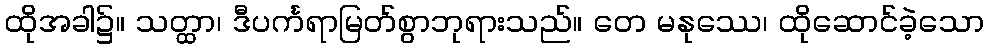
ထိုအခါ၌။ သတ္ထာ၊ ဒီပင်္ကရာမြတ်စွာဘုရားသည်။ တေ မနုဿေ၊ ထိုဆောင်ခဲ့သော